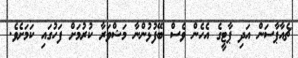
ޗެއާޕާސަން އަދި ޕާޓީގެ އެހެން ވެސް ބޭފުޅުންނާ މަޝްވަރާ ކުރުމަށް ފަހުގައި ކަމަށެވެ.